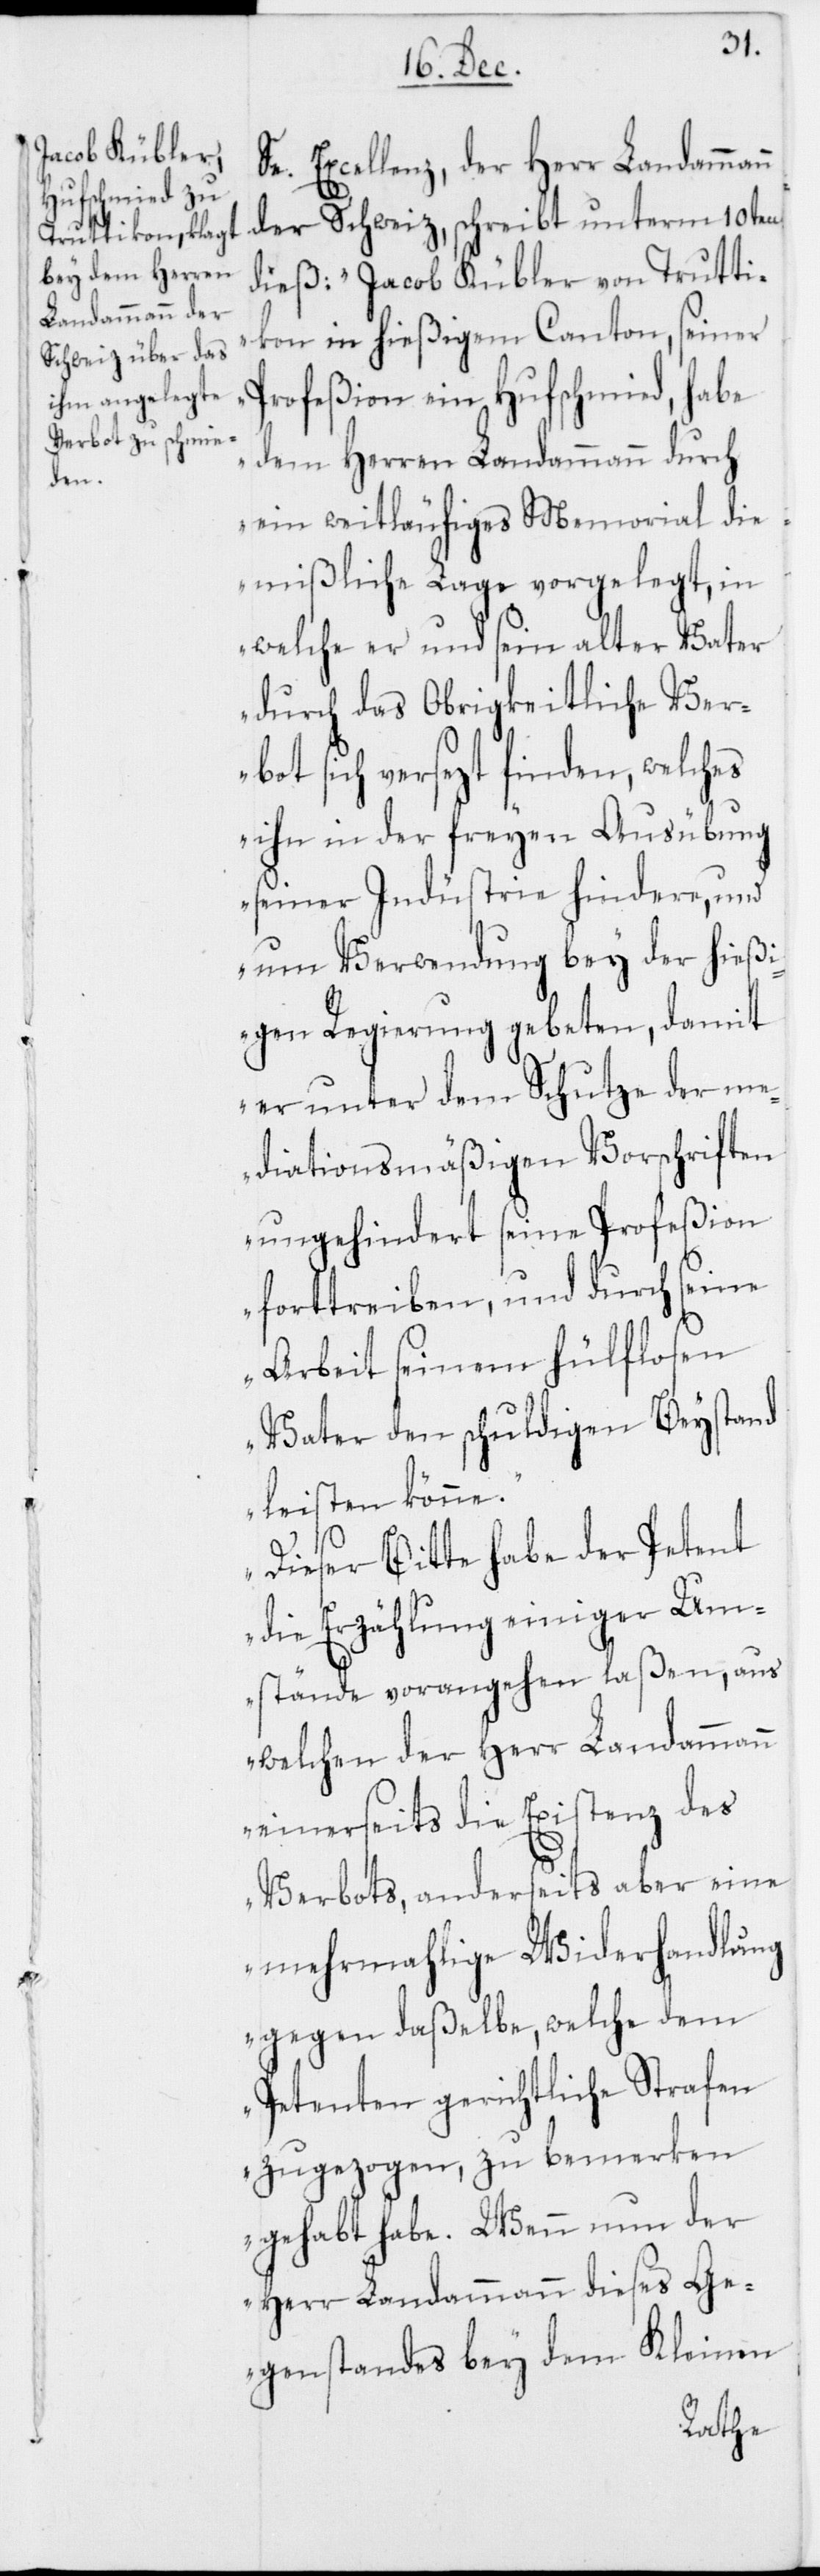
Se. Excellenz, der Herr Landammann
der Schweiz, schreibt unterm 10ten
dieß: „Jacob Kübler von Trutti¬
kon in hießigem Canton, seiner
Profeßion ein Hufschmied, habe
dem Herren Landammann durch
ein weitläufiges Memorial die
mißliche Lage vorgelegt, in
welche er und seyn alter Vater
durch das Obrigkeitliche Ver¬
bot sich versezt finden, welches
ihn in der freyen Ausübung
seiner Industrie hindere, und
um Verwendung bey der hießi¬
gen Regierung gebeten, damit
er unter dem Schutze der me¬
diationsmäßigen Vorschriften
ungehindert seine Profeßion
forttreiben, und durch seine
Arbeit seinem hülflosen
Vater den schuldigen Beystand
leisten könne.
Dieser Bitte habe der Petent
die Erzählung einiger Um¬
stände vorangehen laßen, aus
welchen der Herr Landammann
einerseits die Existenz des
Verbots, anderseits aber eine
mehrmahlige Widerhandlung
gegen daßelbe, welche dem
Petenten gerichtliche Strafen
zugezogen, zu bemerken
gehabt habe. Wenn nun der
Herr Landammann dieses Ge¬
genstandes bey dem Kleinen